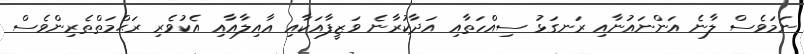
ނަމަވެސް ލާނެ އަންނައުނާއި ރަނގަޅު ސިއްހަތާއި އަދާކުރާނެ ވަޒީފާއަކާއި ޢާއިލާއާއި އެކުވެރި ރަޙްމަތްތެރިންވެސް